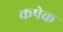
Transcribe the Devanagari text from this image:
कपेक